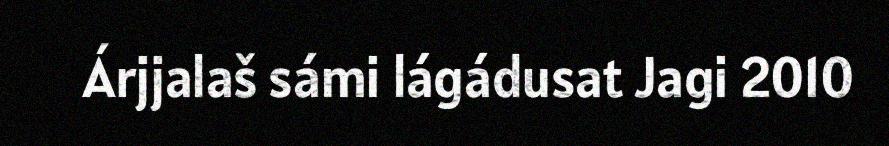
Árjjalaš sámi lágádusat Jagi 2010